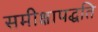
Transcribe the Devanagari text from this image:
समीक्षापद्धति